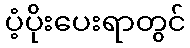
ပံ့ပိုးပေးရာတွင်